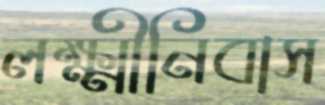
লক্ষ্মীনিবাস